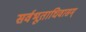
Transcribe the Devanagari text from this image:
सर्वभूताधिवासम्